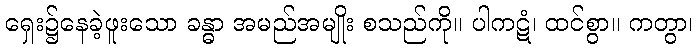
ရှေး၌နေခဲ့ဖူးသော ခန္ဓာ အမည်အမျိုး စသည်ကို။ ပါကဋံ၊ ထင်စွာ။ ကတွာ၊